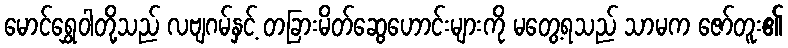
မောင်ရွှေဝါတို့သည် လဗျဂမ်နှင့် တခြားမိတ်ဆွေဟောင်းများကို မတွေ့ရသည် သာမက ဇော်တူး၏